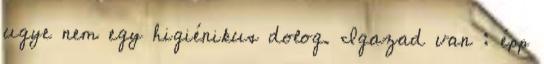
ugye nem egy higiénikus dolog. Igazad van : épp